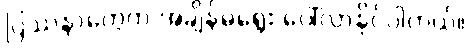
ပြဿနာတွေက အချိန်မရွေး ပေါ်လာနိုင်ပါတယ်။